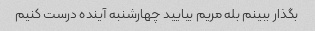
بگذار ببینم بله مریم بیایید چهارشنبه آینده درست کنیم